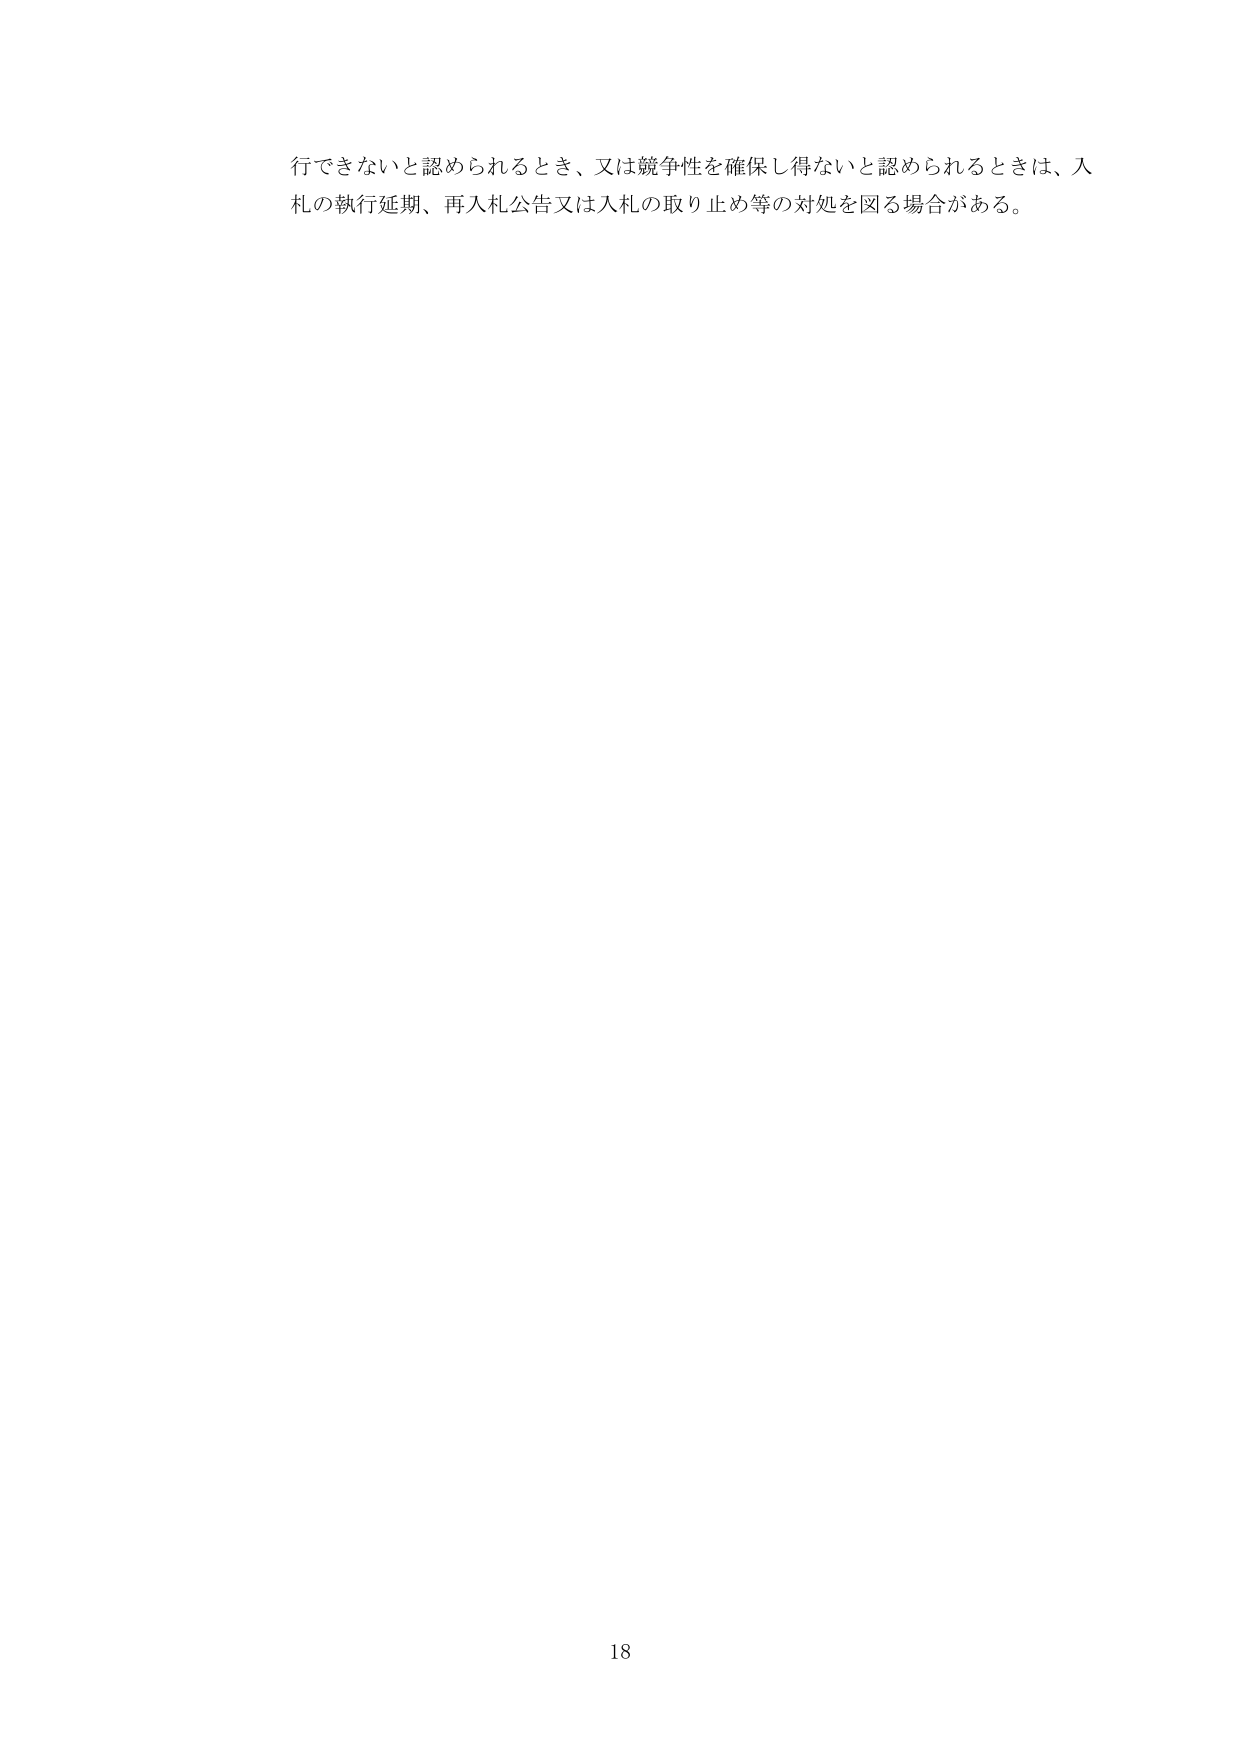
行できないと認められるとき、又は競争性を確保し得ないと認められるときは、入札の執行延期、再入札公告又は入札の取り止め等の対処を図る場合がある。

18